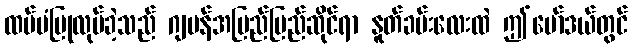
ထပ်မံပြုလုပ်ခဲ့သည် ဂျပန်အပြည်ပြည်ဆိုင်ရာ နူတ်ခမ်းလေးထဲ ဤမော်ဒယ်တွင်